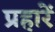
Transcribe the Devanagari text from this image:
प्रहारें